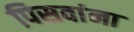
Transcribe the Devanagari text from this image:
पिसवांना